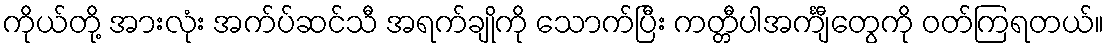
ကိုယ်တို့ အားလုံး အက်ပ်ဆင်သီ အရက်ချိုကို သောက်ပြီး ကတ္တီပါအင်္ကျီတွေကို ဝတ်ကြရတယ်။